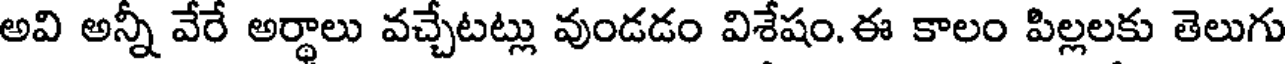
అవి అన్నీ వేరే అర్థాలు వచ్చేటట్లు వుండడం విశేషం.ఈ కాలం పిల్లలకు తెలుగు